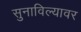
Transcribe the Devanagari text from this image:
सुनाविल्यावर